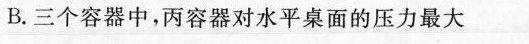
B.三个容器中，丙容器对水平桌面的压力最大